Lunatic asylums Bombay report 1878-1890 - 1878-1890
Year: 1878
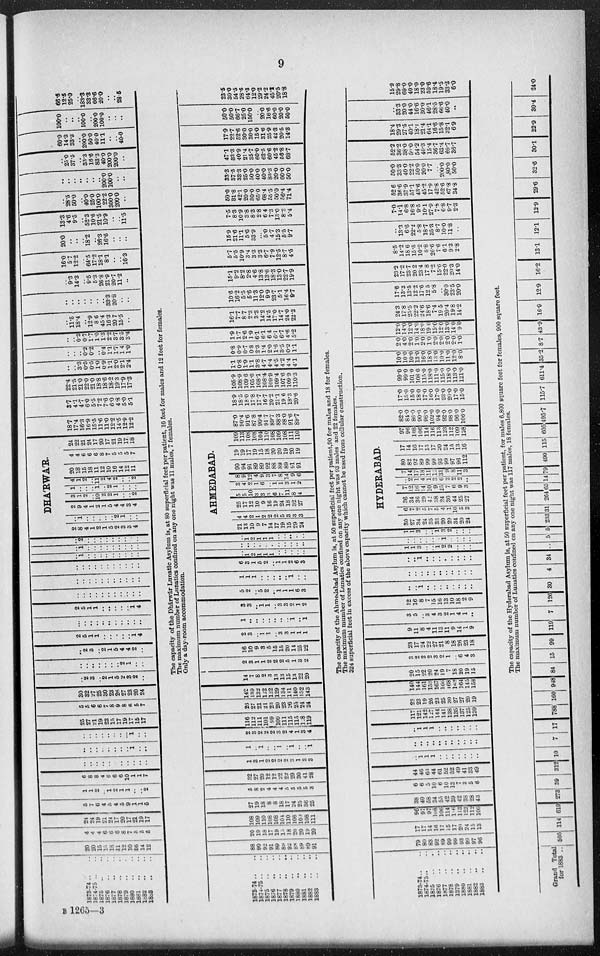
9
1873-74 .. ..
1874-75 .. ..
1875 .. ..
1876 .. ..
1877 .. ..
1878 .. ..
1879 .. ..
1880 .. ..
1881 .. ..
1882 .. ..
1883 .. ..
20
20
15
15
18
11
12
10
16
14 12
4
4 4
6
6 6
8
7 5
5
5
24
24
19
21
24
17
20
17
21
19
17
5
7
6
4
5 4
5
9
1
1
5
1
1
2
.. 1
2
1
1
..
.. 2
6
8
8
4
6
6
6
10
1
1
7
..
..
..
..
..
..
..
..
..
.. ..
..
..
..
..
..
..
..
..
1
.. ..
..
..
..
..
..
..
..
.. 1
.. ..
25
27
21
19
23
15
17
19
17
15
17
5
5
6
6
7
8
9
8
6
5
7
30
32
27
25
30
23
26
27
23
20
24
..
2 3
.. 2
1
5
2
3
2
..
..
..
..
..
..
..
.. 2
1
.. ..
..
2
3
.. 2
1
5
4
4
2
..
2
5
1
1
..
..
..
..
..
1
4
..
..
.. ..
.. ..
..
..
..
..
..
2
5
1
1
..
..
..
..
..
1 4
..
..
..
..
..
..
..
..
..
.. ..
..
..
..
..
..
..
..
..
..
.. ..
..
..
..
..
..
..
..
..
..
.. ..
..
1
..
..
..
..
..
..
..
.. ..
..
1
..
..
..
..
..
..
..
.. ..
..
2
..
..
..
..
..
..
..
.. ..
DHA'RWA'R.
2
8
4
1
2
1
5
2
3
3
4
..
1
..
..
..
..
.. 2
1
.. ..
2
9
4
1
2
1
5
4
4
3
4
3
1
2
.. 10
2
2
1
..
.. 2
1
..
..
.. 1
.. 2
1
..
.. ..
4
1
2
.. 11
2
4
2
..
.. 2
20
18
15
18
11
12
10
16
14
12
11
4
4
6
6
6
8
7
5
5
5
7
24
22
21
24
17
20
17
21
19
17
18
18.7
17.4
16.3
16.9
15.5
11.6
11.0
12.2
14.5
12.9
12.2
3.7
4.1
4.7
6.0
5.5
7.2
7.6
6.0
4.8
5.0
5.1
22.4
21.5
21.0
22.0
21.0
18.8
18.6
18.2
193
17.9
17.3
..
.. 3.3
0.5
0.5
1.0
0.9
1.1
2.0
2.1
2.4
..
..
.. 0.2
0.2
.. 0.4
1.1
1.7
1.4
1.0
..
.. 0.3
0.7
1.7
1.0
1.3
2.2
3.7
3.5
3.4
..
11.5
18.4
.. 12.9
8.6
45.4
16.3
20.7
15.5
..
..
..
..
..
..
..
.. 33.3
20.8
.. ..
..
9.3
14.3
.. 9.5
5.3
26.8
21.9
20.7
11.2
..
16.0
5.7
12.2
.. 64.5
17.2
18.1
8.1
..
.. 16.3
20.0
..
..
.. 18.2
.. 26.3
16.6
..
.. ..
13.3
4.6
9.5
.. 52.3
10.6
21.5
10.9
..
.. 11.5
..
28.5
50.0
.. 40.0
25.0
100.0
22.2
300.0
200.0
..
..
..
.. ..
..
..
..
200.0 100.0
.. ..
..
25.0
37.5
.. 33.3
16.6
83.3
40.0
200.0
200.0
..
60.0
14.3
33.3
.. 200.0
50.0
40.0
11.1
..
.. 40.0
100.0
.. ..
.. 100.0
.. 200.0
100.0
..
.. ..
66.6
12.5
25.0
.. 183.3
33.3 66.6
20.0
..
.. 28.5
The capacity of the Dhárwár Lunatic Asylum is, at 80 superficial feet per patient, 16 feet for males and 12 feet for females.
The maximum number of Lunatics confined on any one night was 11 males, 7 females.
Only a day-room accommodation.
1873-74 .. ..
1874-75 .. ..
1875 .. ..
1876 .. ..
1877 .. ..
1878
..
..
1879 .. ..
1880 .. ..
1881 .. ..
1882 .. ..
1883 .. ..
88
90
92
91
89
89
92
88
89
89
91
20
19
18
17
19
15
18
20
20
19
20
108
109
110
108
108
104
110
108
109
108
111
27
19
18
8
8
18
17
24
25
36
25
5
8
2
4
4
4
5 5
5
5
3
32
27
20
12
12
22
22
29
30
41
28
1
3
1
2
2
2
2
3
1
3
3
1
.. 1
..
.. 1
.. 1
..
.. 1
2
3
2
2
2
3
2
4
1
3
4
116
112
111
101
99
109
111
115
115
128
119
26
27
21
21
23
20
23
26
25
24
24
142
139
132
l22
122 129
134
141
140
152
143
14
7
8
2
3
13
13
15
13
22
20
2
3
1
1
2
2
2
5
1
3
2
16
10
9
3
5
15
15
20
14
25
22
2
3
.. 1
1
.. 3
3
1
1
1
1
..
..
..
..
.. ..
.. 1
.. 1
3
3
.. 1
1
.. 3
3
2
1
2
5
2
.. 5
2
.. 1
1
1
6
3
1
1
1
..
..
..
..
.. 1
..
..
6
3
1
5
2
.. 1
1
2
6
3
..
1
2
1
1
1
..
..
..
..
..
..
..
..
..
..
..
..
..
..
..
..
..
1
2
1
1
1
..
..
..
..
..
AHMEDABAD.
21
13
10
9
7
14
17
19
15
29
24
4
4
2
1
2
2
2
5
3
3
3
25
17
12
10
9
16
19
24
18
32
27
5
5
10
3
3
3
6
7
11
8
4
3
4
2
1
6
.. 1
1
3
1
2
8
9 12
4
9
3
7
8
14
9
6
90
94
91
89
89
92
88
89
89
91
91
19
19
17
19
15
18
20
20
19
20
19
109
113
108
108
104
110
108
109
108
111
110
87.0
90.4 91.6
87.8
90.4
91.7
89.7
88.3
88.0
91.6
89.7
18.9
18.5
18.0 17.8
17.7
16.7
20.2
21.1
19.6
18.3
20.6
105.9
108.9 109.6
105.6
108.1
108.4
109.9
109.4
107.6
109.9
110.3
1.1
0.8
1.9
1.1
3.8
4.7
4.4
4.5
4.2
4.4
4.1
0.8
0.9
0.7
0.8
2.3
1.4
2.0
1.6
3.5
0.2
1.1
1.9
1.7
2.6
1.9
6.1
6.1
6.4
6.1
6.7
4.6
5.2
16.1
7.7
8.7
2.3
3.3
14.2
14.5
17.0
14.7
24.0
22.3
10.6
16.2
5.5
5.6
11.3
12.0
9.9
23.7
5.1
16.4
9.7
15.1
9.2
8.2
2.8
4.6
13.8
13.6
18.3
13.0
22.7
19.9
5.7
5.5
10.9
3.4
3.3
3.3
6.7
7.9
12.5
8.7
4.5
15.9
21.6
11.1
5.6
33.9
... 5.0
4.7
15.3
5.5
9.7
7.5
8.3
10.9
3.8
8.3
2.8
6.4
7.3
13.0
8.2
5.4
50.0
31.8
42.1
20.0
30.0
65.0
68.4
55.5
50.0
56.4
71.4
33.3
37.5
33.3
25.0
50.0
40.0
40.0
83.3
20.0
60.0
50.0
47.1
33.3
40.9
21.4
35.7
60.0
62.5
60.6
45.2
56.8
68.7
17.9
22.7
52.6
30.0
30.0
15.0
31.6
25.9
42.3
20.5
14.3
50.0
50.0
66.7
25.0
150.0
.. 20.0
16.6
60.0
200
50.0
23.5
30.0
54.5 28.5
64.3
12.0
29.2
24.2
45.2
20.5
18.8
The capacity of the Ahmedabad Asylum is, at 50 superficial feet per patient,90 for males and 18 for females.
The maximum mumber of Lunatics confined on any one night was 93 males and 22 females.
324 superficial feet in excess of the above capacity which cannot be used from cellular construction.
1873-74 .. ..
1874-75 .. ..
1875 .. ..
1876 .. ..
1877 .. ..
1878 .. ..
1879 .. ..
1880 .. ..
1881 .. ..
1882 .. ..
1883
.. ..
79
80
83
92
89
99
99
93
99
97
96
17
17
14
16
17
15
17
20 24
15
13
96
97
97
108
106
114
116
113
123
112
109
38
40
58
34
55
49
39
42
38
28
43
6
6
5
10
6
10
13
7
3
5
6
44
46
63 44
61
52
52
49
41
33
49
..
1
1
1
..
..
..
..
..
..
..
..
..
..
..
..
..
..
..
..
..
..
..
1
1
1
..
..
..
..
..
..
..
117
121
142
127
144
141
138
135
137
125
139
23
23
19
26
23
25
30
27
27
20
19
140
144
161
153
167
166
168
162
164
145
158
20
15
22
20
24
19
7
18
20
19
15
3
2
2
2
3
2
1
.. 6
4
3
23
17
24
22
27
21
8
18
26
23
18
9
11
8
4
11
13
11
9
14
1
9
3
5
.. 3
4
3
2
1
4
1
..
12
16
8
7
15
16
13
10
18
2
9
..
.. 1
..
..
..
..
..
..
..
..
..
..
.. ..
.. ..
..
..
..
..
..
..
.. 1
..
..
..
..
..
..
..
..
..
1
3
..
.. 1
2
2
..
..
..
..
..
..
..
..
.. 1
..
..
..
..
1
1
3
..
.. 1
3
2
..
..
..
HYDERABAD.
30
27
34
24
35
33
20
29
34
20
24
6
7
2
5
7
5
4
1
10
5
3
36
34
36
29
42
38
24
30
44
25
27
7
12
16
14
10
9
25
7
6
9
3
..
2
1
4
1
3
6
2
2
2
..
7
14
17
18
11
12
31
9
8
11
3
80
82
92
89
99
99
93
99
97
96
112
17
14
16
17
15
17
20
24
15
13
16
97
96
108 106
114
116
113
123
112
109
128
82.0
84.0
86.0
90.0
98.0
102.0
94.0
92.0
98.0
96.0
106.0
17.0
15.0
15.0
18.0
170
16.0
17.0
23.0
20.0
17.0
15.0
99.0
99.0
101.0
108.0
115.0
118.0
111.0
115.0
118.0
113.0
121.0
10.0
10.0
10.0
13.0
16.0
18.0
13.0
10.0
11.0
12.0
8.0
2.0
4.0
2.0
1.0
2.0
1.0
2.0
2.0
2.0
2.0
1.0
12.0
14.0
12.0
14.0
18.0
19.0
15.0
12.0
13.0
14.0
9.0
24.3
17.8
25.5
22.2
24.6
18.6
7.4
19.5
20.4
19.8
14.2
17.8
13.3
13.5
12.2
17.6
12.5
5.8
.. 30.0
23.5
20.0
23.2
17.2
23.7
20.2
23.4
17.8
7.2
15.6
22.0
20.3
14.0
8.5
14.2
18.6
15.5
10.2
8.8
26.6
7.6
6.1
9.3
2.8
..
13.3
6.6
22.2
5.8
18.7
35.3
8.7
10.0
11.8
..
7.0
14.1
6.8
16.8
9.5
10.1
27.9
7.8
6.8
9.7
2.3
52.6
36.6
37.9
57.1
43.6
45.2
17.9
42.8
52.6
67.8
34.8
50.0
33.3
40.0
22.2
50.0
20.0
7.7
.. 200.0
80.0 50.0
52.2
36.2
38.0
50.0
54.2
40.3
15.4
36.7
63.4
69.7
36.7
18.4
29.3
27.5
40.1
18.1
21.4
64.1
16.6
15.8
32.1
6.9
..
33.3
200
44.0
16.6
30.0
46.1
28.5
66.6
40.0
..
15.9
29.8
69.0
40.0
18.0
23.0
59.6
18.4
19.5
33.3
6.0
The capacity of the Hyderabad Asylum is, at 50 superficial feet per patient, for males 6,800 square feet for females, 900 square feet.
The maximum number of Lunatics confined on any one night was 117 males, 18 females.
Grand Total
for 1883 .. 505 114 619 273 39 312 10
7 17 788 160 948 84 15 99 119 7 126 30
4 34
..
5 5 233 31 264 65 14 79 490 115 605 495.7 115.7 611.4 35.2 8.7 43.9 16.9 12.9 16.2 13.1 12.1 12.9 29.6 32.6 30.1 22.9 30.4 24.0
B 1265—3